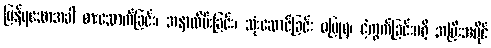
ပြန်ရသောအခါ စားသောက်ခြင်း၊ အနာလိမ်းခြင်း၊ သုံးဆောင်ခြင်း မပြုရ၊ ငဲ့ကွက်ခြင်းမရှိ အပြီးအပိုင်